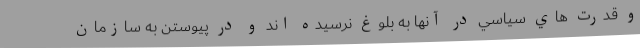
و قدرت هاي سياسي در آنها به بلوغ نرسيده اند و در پيوستن به سازمان